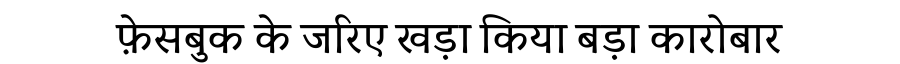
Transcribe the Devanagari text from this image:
फ़ेसबुक के जरिए खड़ा किया बड़ा कारोबार